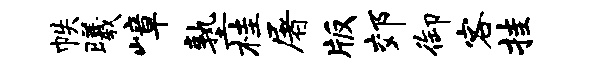
帙曦嶂塾桂屠版郊御客挂